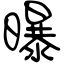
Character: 曝